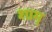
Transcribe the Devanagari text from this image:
शाम्